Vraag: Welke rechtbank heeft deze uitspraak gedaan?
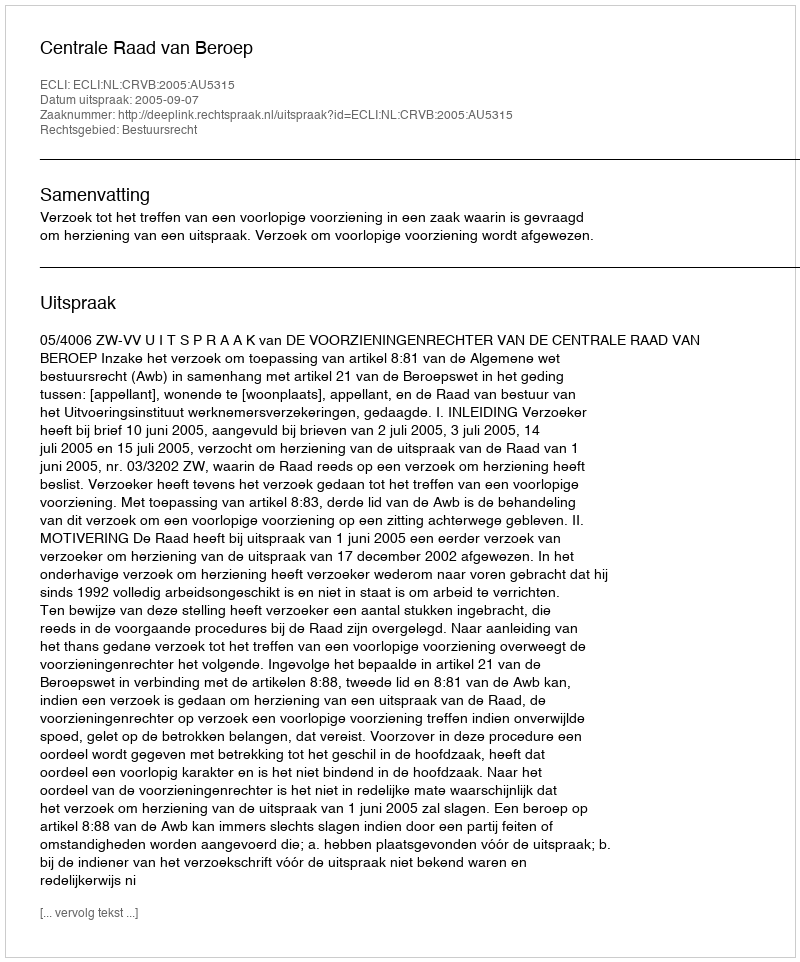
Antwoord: Centrale Raad van Beroep